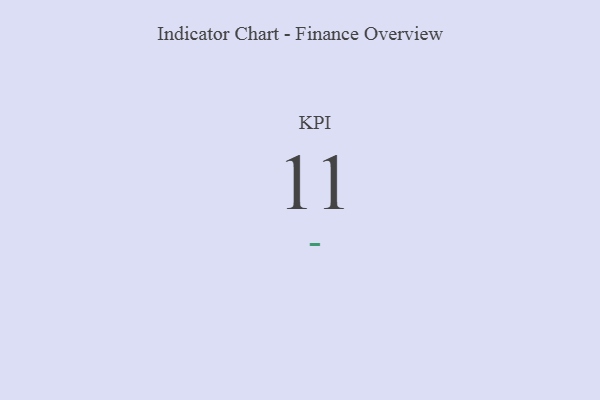
{"axis": {"x": "KPI", "y": "Value"}, "legend": [""], "data": [{"x": "KPI", "y": 11, "type": ""}]}